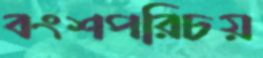
বংশপরিচয়